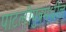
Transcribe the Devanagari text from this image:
पाटलीपुत्रमधील